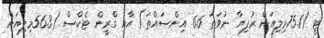
ޓީ (75.1މިލިއަން ރުފިޔާ ނުވަތަ 6.6 އިންސައްތަ) އާއި ގްރީން ޓެކްސް (56.3މިލިއަން